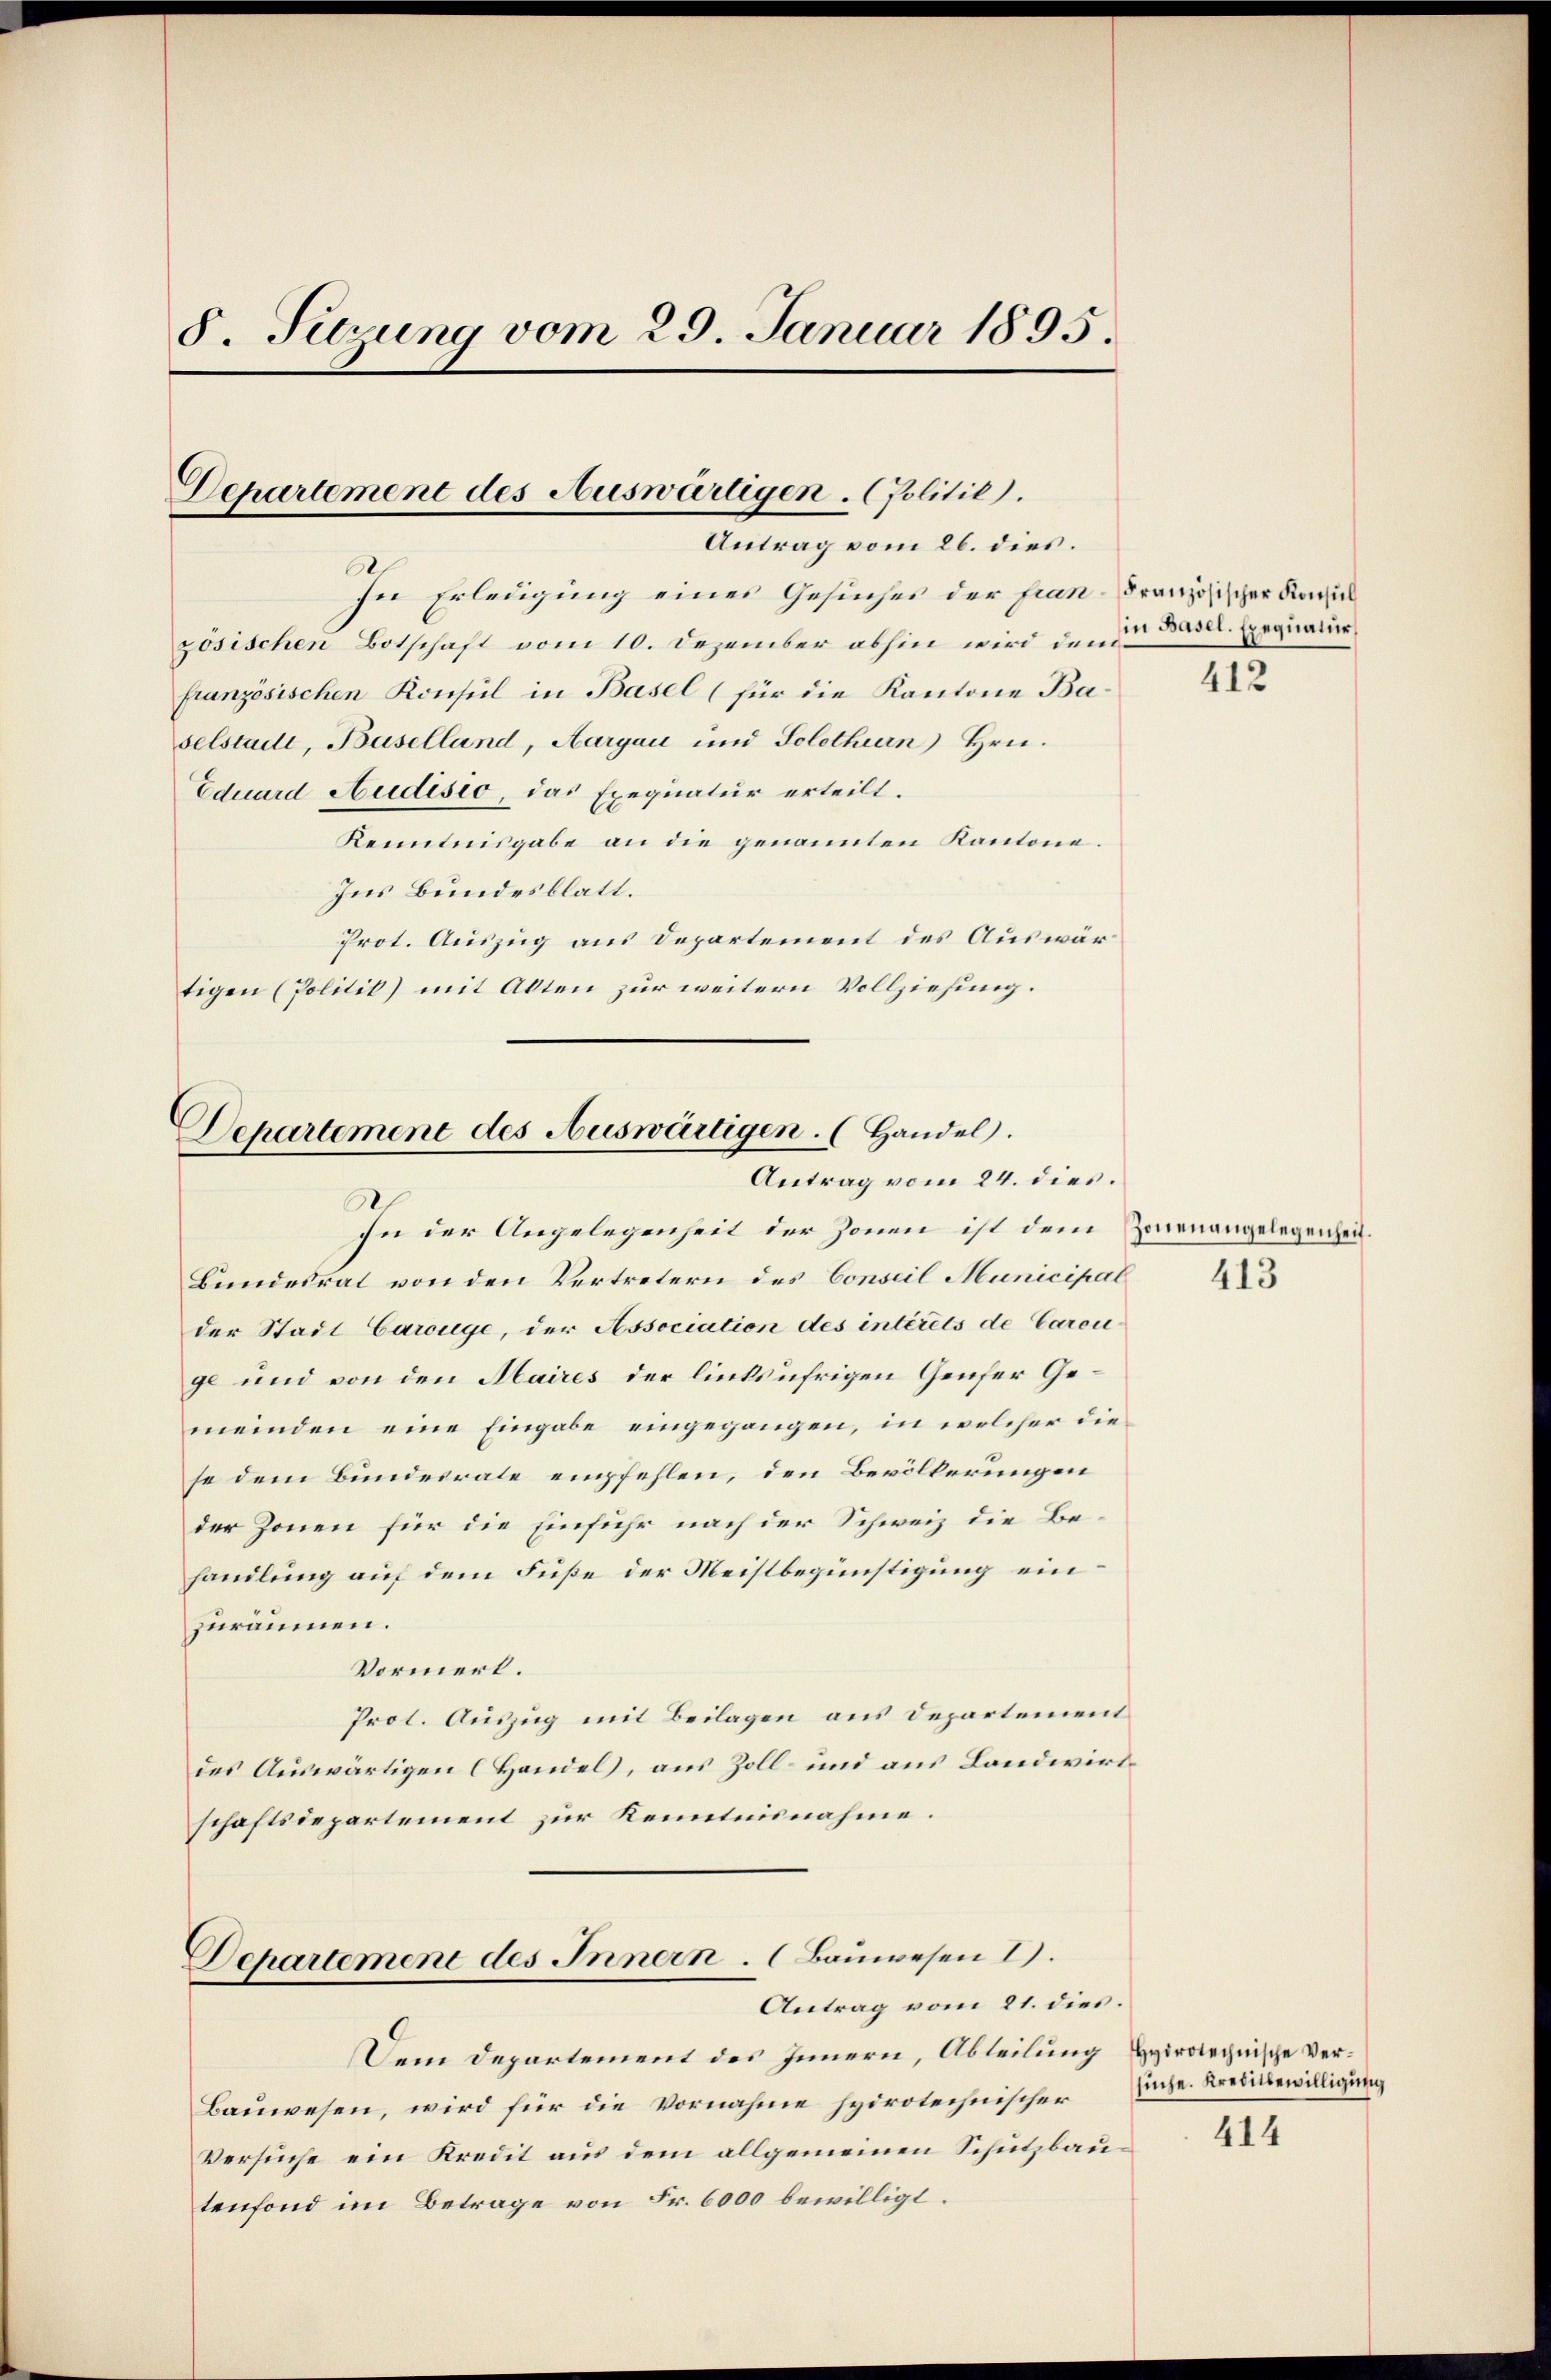
8 Tierung vom 29. Januar 1895.

Departement des Auswärtigen. (Politil).
Antrag vom 26. dies.

6
sei Erledigung eines Gesuches der fran-Französischer Kanzl
zösischen Botschaft vom 10. Dezember abhin wird den den Ergnatur
französischen Konsul in Basel (für die Kantone Baselstadt, Baselland, Aargau und Solothurn) Hrn.
Eduard Audisio, das Exequatur erteilt.
Kenntnisgabe an die genannten Kantone.
Ins Bundesblatt.
Prot. Auszug aus Departement des Auswärtigen (Politik) mit Akten zur weitern Vollziehung.

Departement des Auswärtigen. (Handel.
Antrag vom 24. dies.
S

in der Angelegenheit der Zonen ist dem Zienangelegenheit.
Bundesrat von den Vertretern des Conseil Municipal
der Stadt Carouge, der Association des intérels de Caren
ge und von den Maires der linksufrigen Genfer Gemeinden eine Eingabe eingegangen, in welcher diese dem Bundesrate empfehlen, den Bevölkerungen
der Zonen für die Einfuhr nach der Schweiz die Behandlung auf dem Fuße der Meistbegünstigung einzuräumen.
Vormert.
Prot. Auszug mit Beilagen aus Departement
des Auswärtigen Handel, aus Zoll- und aus Landwirtschaftsdepartement zur Kenntnisnahme.
Departement des Innern. (Bauwesen 1).
Antrag vom 21. dies.
Dem Departement des Innern, Abteilung Hyirotechnische Ver¬
Bauwesen, wird für die Vornahme hydrotechnischer Ende Kredibewilligung
Versuche ein Kredit aus dem allgemeinen Schutzbautenfond im Betrage von Fr. 6000 bewilligt.

412

413

414